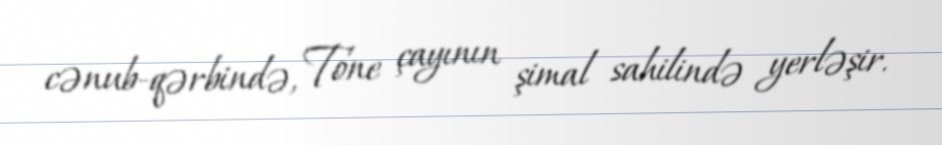
cənub-qərbində, Tone çayının şimal sahilində yerləşir.